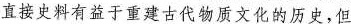
直接史料有益于重建古代物质文化的历史，但